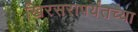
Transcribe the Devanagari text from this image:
खिरसरापर्यंतच्या